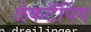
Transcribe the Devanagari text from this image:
लेकटॅपिंग